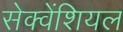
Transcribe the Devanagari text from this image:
सेक्वेंशियल